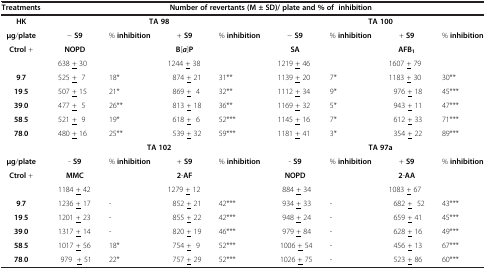
<table><thead><tr><td><b>Treatments</b></td><td colspan="8"><b>Number of revertants(M ± SD)/ plate and %; of inhibition</b></td></tr></thead><tbody><tr><td><b>HK</b></td><td colspan="4"><b>TA 98</b></td><td colspan="4"><b>TA 100</b></td></tr><tr><td><b>μg</b>/<b>plate</b></td><td>− <b>S9</b></td><td>%; <b>inhibition</b></td><td>+ <b>S9</b></td><td>%; <b>inhibition</b></td><td>− <b>S9</b></td><td>%; <b>inhibition</b></td><td>+ <b>S9</b></td><td>%; <b>inhibition</b></td></tr><tr><td><b>Ctrol</b> +</td><td><b>NOPD</b></td><td>[EMPTY_CELL]</td><td><b>B</b>[<b><i>a</i></b>]<b>P</b></td><td>[EMPTY_CELL]</td><td><b>SA</b></td><td>[EMPTY_CELL]</td><td><b>AFB</b><sub><b>1</b></sub></td><td>[EMPTY_CELL]</td></tr><tr><td>[EMPTY_CELL]</td><td>638 <underline>+</underline> 30</td><td>[EMPTY_CELL]</td><td>1244 <underline>+</underline> 38</td><td>[EMPTY_CELL]</td><td>1219 <underline>+</underline> 46</td><td>[EMPTY_CELL]</td><td>1607 <underline>+</underline> 79</td><td>[EMPTY_CELL]</td></tr><tr><td><b>9</b>.<b>7</b></td><td>525 <underline>+</underline> 7</td><td>18*</td><td> 874 <underline>+</underline> 21</td><td>31**</td><td>1139 <underline>+</underline> 20</td><td>7*</td><td>1183 <underline>+</underline> 30</td><td>30**</td></tr><tr><td><b>19</b>.<b>5</b></td><td>507 <underline>+</underline> 15</td><td>21*</td><td> 869 <underline>+</underline> 4</td><td>32**</td><td>1112 <underline>+</underline> 34</td><td>9*</td><td> 976 <underline>+</underline> 18</td><td>45***</td></tr><tr><td><b>39</b>.<b>0</b></td><td>477 <underline>+</underline> 5</td><td>26**</td><td> 813 <underline>+</underline> 18</td><td>36**</td><td>1169 <underline>+</underline> 32</td><td>5*</td><td> 943 <underline>+</underline> 11</td><td>47***</td></tr><tr><td><b>58</b>.<b>5</b></td><td>521 <underline>+</underline> 9</td><td>19*</td><td> 618 <underline>+</underline> 6</td><td>52***</td><td>1145 <underline>+</underline> 16</td><td>7*</td><td> 612 <underline>+</underline> 33</td><td>71***</td></tr><tr><td><b>78</b>.<b>0</b></td><td>480 <underline>+</underline> 16</td><td>25**</td><td> 539 <underline>+</underline> 32</td><td>59***</td><td>1181 <underline>+</underline> 41</td><td>3*</td><td> 354 <underline>+</underline> 22</td><td>89***</td></tr><tr><td>[EMPTY_CELL]</td><td colspan="4"><b>TA 102</b></td><td colspan="4"><b>TA 97a</b></td></tr><tr><td><b>μg</b>/<b>plate</b></td><td>- <b>S9</b></td><td>%; <b>inhibition</b></td><td>+ <b>S9</b></td><td>%; <b>inhibition</b></td><td>- <b>S9</b></td><td>%; <b>inhibition</b></td><td>+ <b>S9</b></td><td>%; <b>inhibition</b></td></tr><tr><td><b>Ctrol</b> +</td><td><b>MMC</b></td><td>[EMPTY_CELL]</td><td><b>2</b>-<b>AF</b></td><td>[EMPTY_CELL]</td><td><b>NOPD</b></td><td>[EMPTY_CELL]</td><td><b>2</b>-<b>AA</b></td><td>[EMPTY_CELL]</td></tr><tr><td>[EMPTY_CELL]</td><td>1184 <underline>+</underline> 42</td><td>[EMPTY_CELL]</td><td>1279 <underline>+</underline> 12</td><td>[EMPTY_CELL]</td><td> 884 <underline>+</underline> 34</td><td>[EMPTY_CELL]</td><td>1083 <underline>+</underline> 67</td><td>[EMPTY_CELL]</td></tr><tr><td><b>9</b>.<b>7</b></td><td>1236 <underline>+</underline> 17</td><td>-</td><td> 852 <underline>+</underline> 21</td><td>42***</td><td> 934 <underline>+</underline> 33</td><td>-</td><td> 682 <underline>+</underline> 52</td><td>43***</td></tr><tr><td><b>19</b>.<b>5</b></td><td>1201 <underline>+</underline> 23</td><td>-</td><td> 855 <underline>+</underline> 22</td><td>42***</td><td> 948 <underline>+</underline> 24</td><td>-</td><td> 659 <underline>+</underline> 41</td><td>45***</td></tr><tr><td><b>39</b>.<b>0</b></td><td>1317 <underline>+</underline> 14</td><td>-</td><td> 820 <underline>+</underline> 19</td><td>46***</td><td> 979 <underline>+</underline> 84</td><td>-</td><td> 628 <underline>+</underline> 16</td><td>49***</td></tr><tr><td><b>58</b>.<b>5</b></td><td>1017 <underline>+</underline> 56</td><td>18*</td><td> 754 <underline>+</underline> 9</td><td>52***</td><td> 1006 <underline>+</underline> 54</td><td>-</td><td> 456 <underline>+</underline> 13</td><td>67***</td></tr><tr><td><b>78</b>.<b>0</b></td><td> 979 <underline>+</underline> 51</td><td>22*</td><td> 757 <underline>+</underline> 29</td><td>52***</td><td> 1026 <underline>+</underline> 75</td><td>-</td><td> 523 <underline>+</underline> 86</td><td>60***</td></tr></tbody></table>